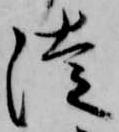
徒